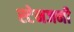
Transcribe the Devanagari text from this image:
स्टेनजनी